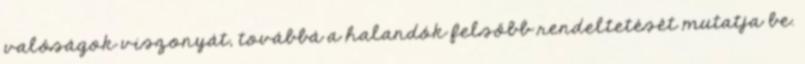
valóságok viszonyát, továbbá a halandók felsőbb rendeltetését mutatja be.